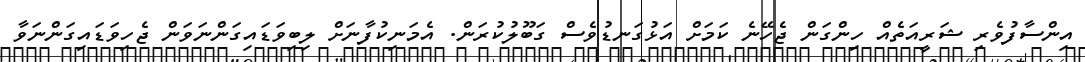
އިންސާފުވެރި ޝަރީއަތެއް ހިންގަން ޖެހޭނެ ކަމަށް އަޅުގަނޑުވެސް ގަބޫލުކުރަން. އެމަނިކުފާނަށް ލިބިވަޑައިގަންނަވަން ޖެހިވަޑައިގަންނަވާ